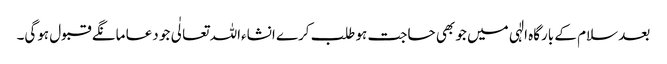
بعد سلام کے بارگاہ الٰہی میں جو بھی حاجت ہو طلب کرے انشاءاللہ تعالٰی جو دعا مانگے قبول ہوگی۔